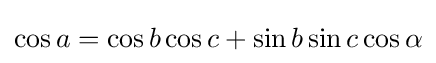
\cos a=\cos b\cos c+\sin b\sin c\cos \alpha